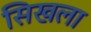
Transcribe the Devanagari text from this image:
सिखला